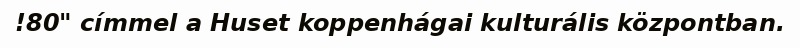
!80" címmel a Huset koppenhágai kulturális központban.